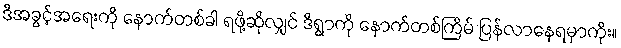
ဒီအခွင့်အရေးကို နောက်တစ်ခါ ရဖို့ဆိုလျှင် ဒီရွာကို နောက်တစ်ကြိမ် ပြန်လာနေရမှာကိုး။